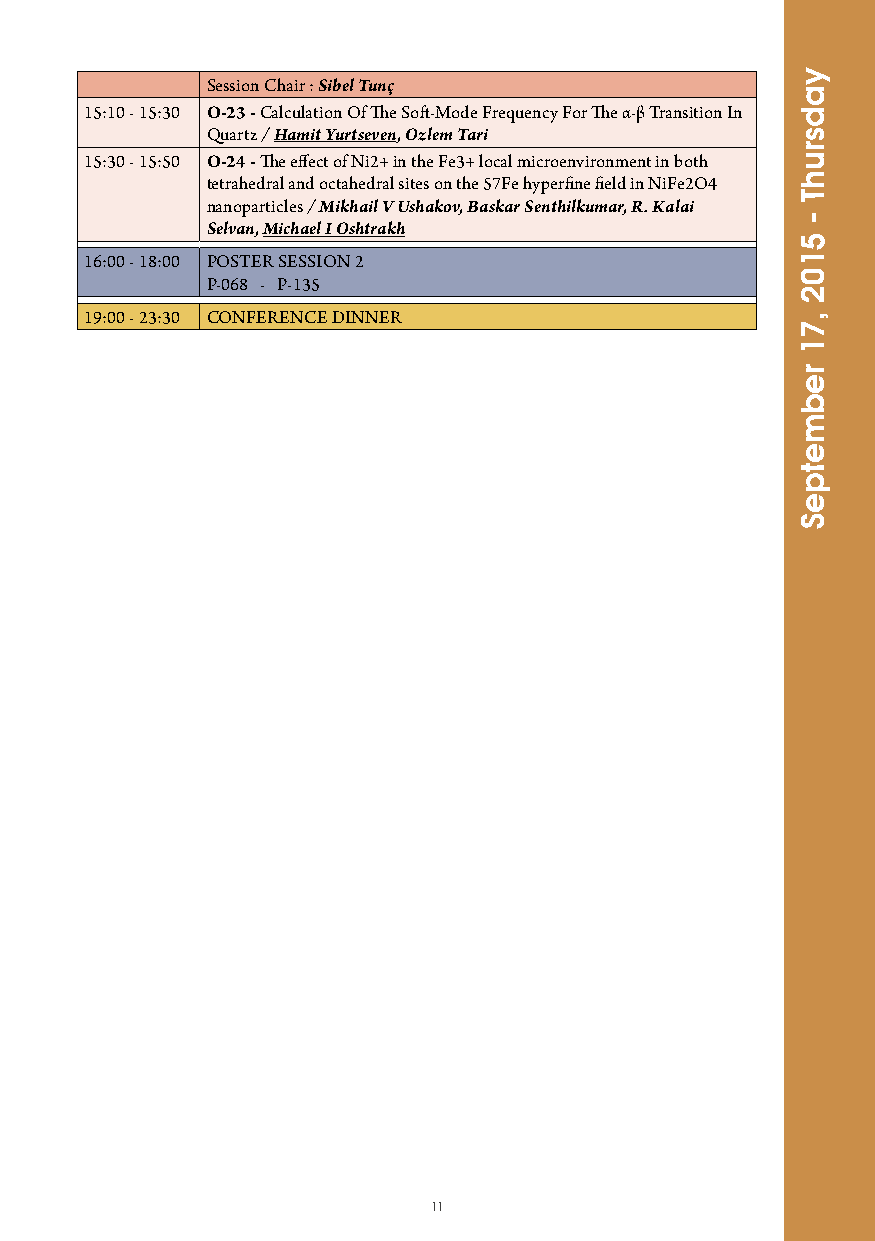
Session Chair : Sibel Tunç
 15:10 - 15:30 O-23 - Calculation Of The Soft-Mode Frequency For The α-β Transition In
 Quartz / Hamit Yurtseven, Ozlem Tari
 15:30 - 15:50 O-24 - The effect of Ni2+ in the Fe3+ local microenvironment in both
 tetrahedral and octahedral sites on the 57Fe hyperfine field in NiFe2O4
 nanoparticles / Mikhail V Ushakov, Baskar Senthilkumar, R. Kalai
 Selvan, Michael I Oshtrakh
 16:00 - 18:00 POSTER SESSION 2
 P-068 - P-135
 19:00 - 23:30 CONFERENCE DINNER
 11
 yadsruhT
 -
 5102
 ,71
 rebmetpeS